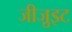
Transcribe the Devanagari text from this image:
जीजु़इट